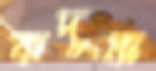
কদুষ্ণ